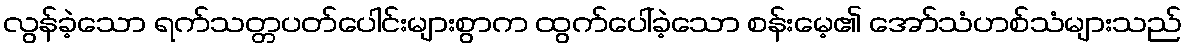
လွန်ခဲ့သော ရက်သတ္တပတ်ပေါင်းများစွာက ထွက်ပေါ်ခဲ့သော စန်းမေ့၏ အော်သံဟစ်သံများသည်